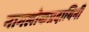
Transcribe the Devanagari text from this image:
नागलोकप्रदायिनी